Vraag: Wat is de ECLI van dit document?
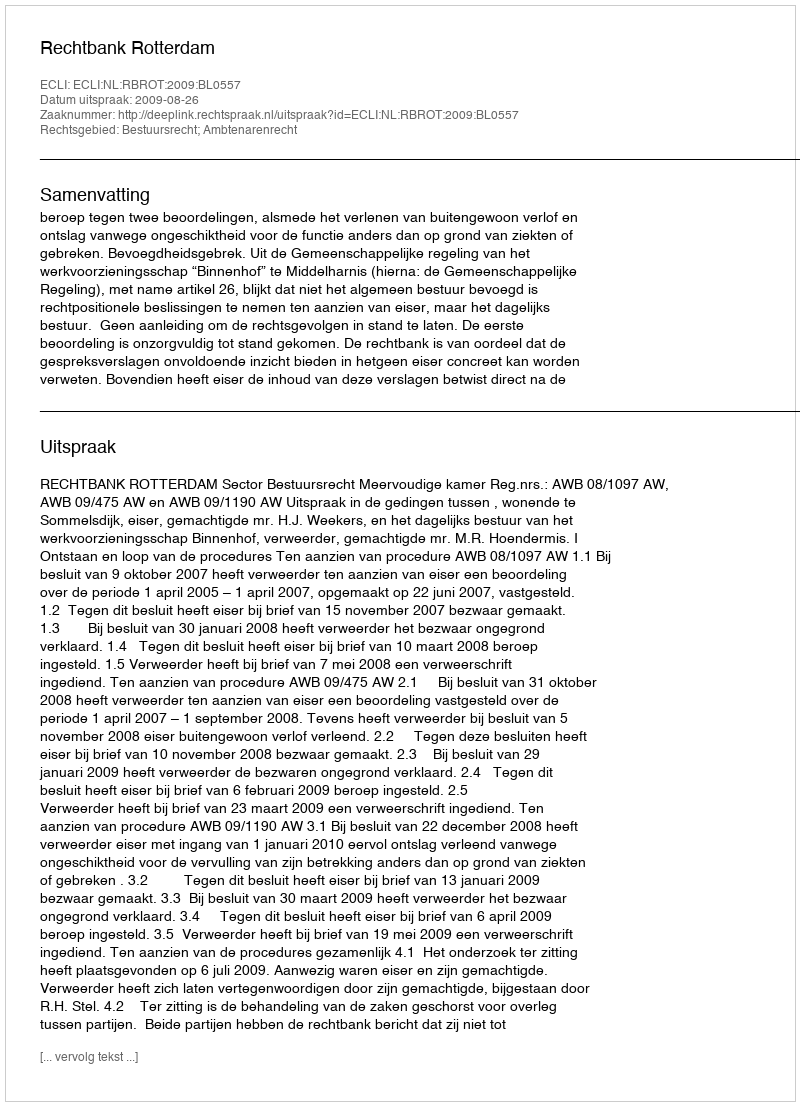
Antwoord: ECLI:NL:RBROT:2009:BL0557